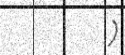
)